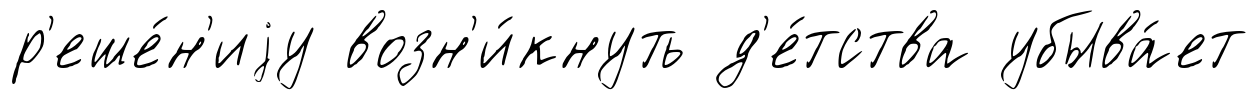
р'еше́н'иjу возн'и́кнуть д'е́тства убыва́ет